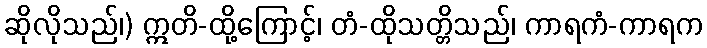
ဆိုလိုသည်၊) ဣတိ-ထို့ကြောင့်၊ တံ-ထိုသတ္တိသည်၊ ကာရကံ-ကာရက